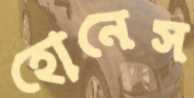
হোনেস